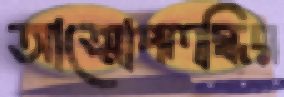
আত্মোপলব্ধির